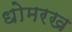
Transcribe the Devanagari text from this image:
धोमरख